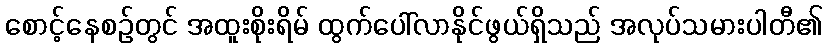
စောင့်နေစဉ်တွင် အထူးစိုးရိမ် ထွက်ပေါ်လာနိုင်ဖွယ်ရှိသည် အလုပ်သမားပါတီ၏